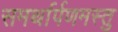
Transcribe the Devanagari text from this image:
समर्थार्पणमस्तु